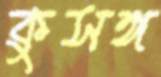
কুসঙ্গ